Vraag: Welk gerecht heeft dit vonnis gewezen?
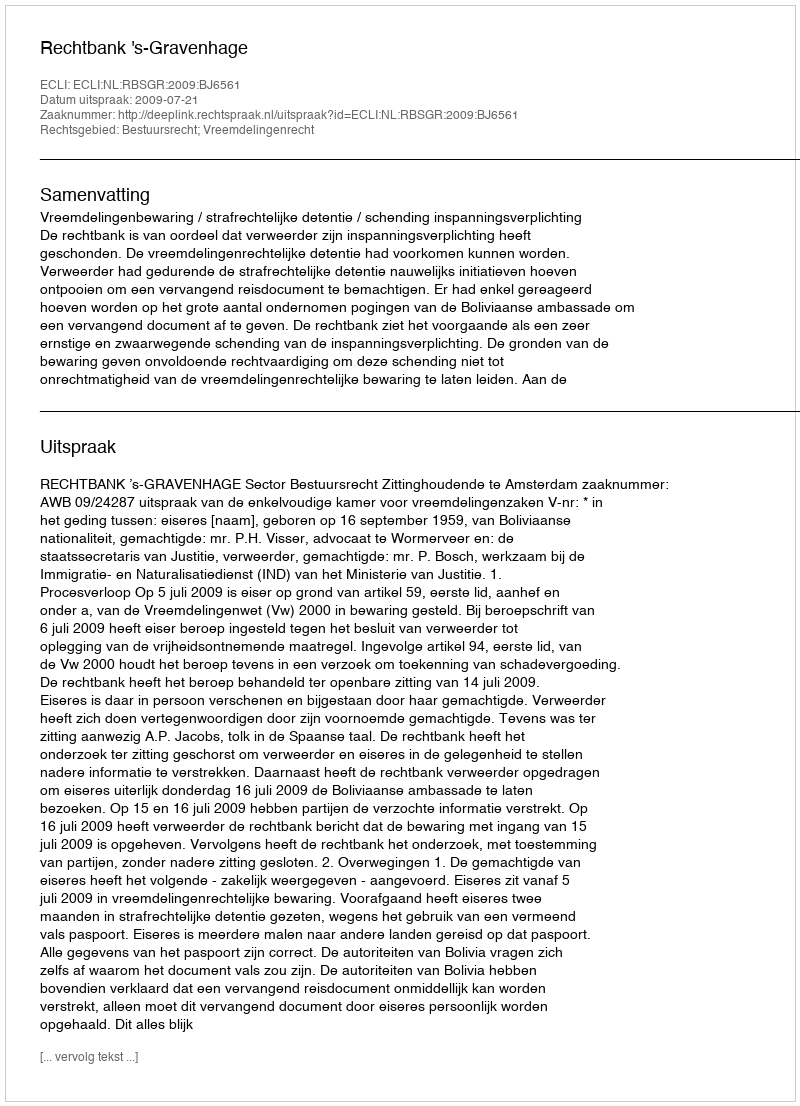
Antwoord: Rechtbank 's-Gravenhage